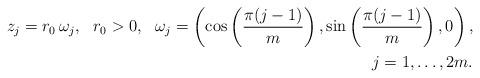
LaTeX: \begin{align*}z_j=r_0 \,\omega_j, \ \ r_0>0,\ \ \omega_j=\left(\cos\left(\frac{\pi (j-1)}{m}\right), \sin\left(\frac{\pi (j-1)}{m} \right),0 \right), \\ j=1,\ldots,2m.\end{align*}